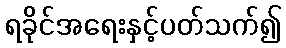
ရခိုင်အရေးနှင့်ပတ်သက်၍